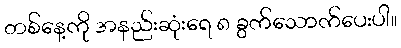
တစ်နေ့ကို အနည်းဆုံးရေ ၈ ခွက်သောက်ပေးပါ။